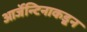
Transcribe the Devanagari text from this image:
आर्जेन्टिनाकडून